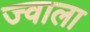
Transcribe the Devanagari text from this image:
ज्‍वाला